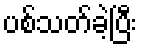
ပစ်သတ်ခဲ့ပြီး